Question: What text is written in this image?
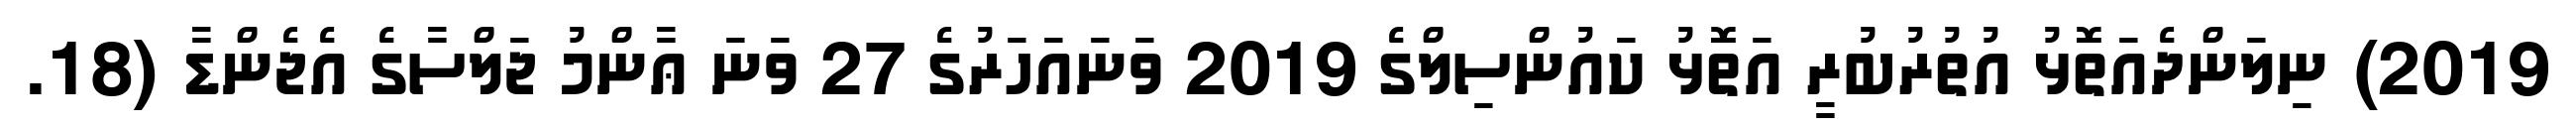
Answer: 2019) ނިލަންދެއަތޮޅު އުތުރުބުރީ އަތޮޅު ކައުންސިލްގެ 2019 ވަނައަހަރުގެ 27 ވަނަ ޢާންމު ޖަލްސާގެ އެޖެންޑާ (18.